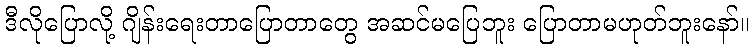
ဒီလိုပြောလို့ ဂျိန်းရေးတာပြောတာတွေ အဆင်မပြေဘူး ပြောတာမဟုတ်ဘူးနော်။